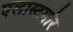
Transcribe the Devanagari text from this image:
एलास्टमोर